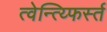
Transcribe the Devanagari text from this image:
त्वेन्त्य्फिर्स्त